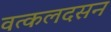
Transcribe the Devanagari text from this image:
वत्कलदसन